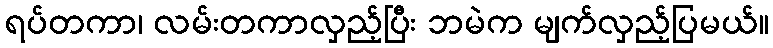
ရပ်တကာ၊ လမ်းတကာလှည့်ပြီး ဘမဲက မျက်လှည့်ပြမယ်။